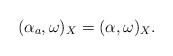
LaTeX: \begin{align*}(\alpha_a, \omega)_X=(\alpha, \omega)_X.\end{align*}